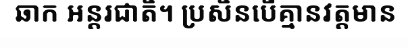
ឆាក អន្តរជាតិ។ ប្រសិនបើគ្មានវត្តមាន